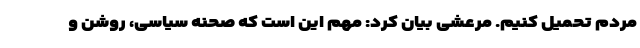
مردم تحمیل کنیم. مرعشی بیان کرد: مهم این است که صحنه سیاسی، روشن و